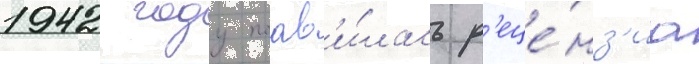
1942 году поав'и́лась р'еце́нз'иа